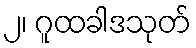
၂၊ ဂူထခါဒသုတ်